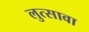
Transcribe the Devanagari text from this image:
लुत्सावा